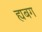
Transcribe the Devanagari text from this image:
ह्यबग